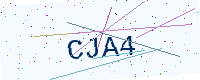
Text: CJA4